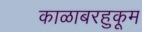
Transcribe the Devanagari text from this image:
काळाबरहुकूम